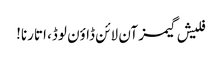
فلیش گیمز آن لائن ڈاؤن لوڈ، اتارنا!